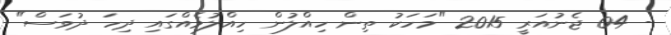
- 04 ޖެނުއަރީ 2015 "މަހަކު ތިން ހިއްލުން ހިއްލުމެއްގައި ދިހަ ދުވަސް"